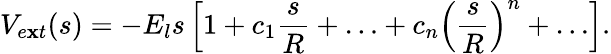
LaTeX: V_{e\mathbf{x}t}(s)=-E_{l}s\left[1+c_{1}\frac{{s}}{{R}}+\ldots+c_{n}\left(\frac{{s}}{{R}}\right)^{n}+\ldots\right].